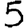
Digit: 5